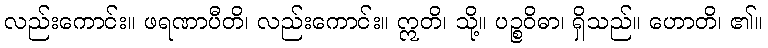
လည်းကောင်း။ ဖရဏာပီတိ၊ လည်းကောင်း။ ဣတိ၊ သို့။ ပဉ္စဝိဓာ၊ ရှိသည်။ ဟောတိ၊ ၏။